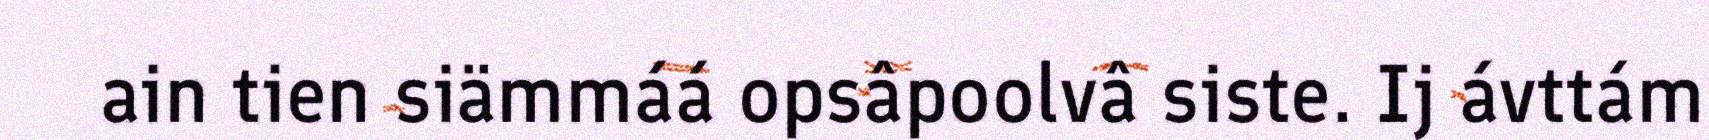
ain tien siämmáá opsâpoolvâ siste. Ij ávttám